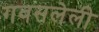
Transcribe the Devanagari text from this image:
गवसलेली